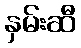
နှမ်းဆီ